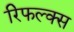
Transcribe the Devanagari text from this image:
रिफल्क्स